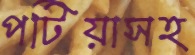
পটিয়াসহ